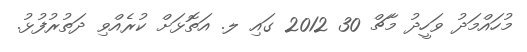
މުހައްމަދު ވަހީދު މާޗް 30 2012 ގައި ލ. އަތޮޅަށް ކުރެއްވި ދަތުރުފުޅު.